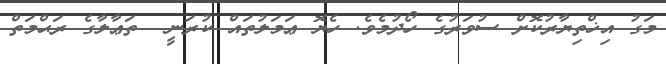
މަގު އިޚްތިޔާރުކޮށް ސުވަރުގެ ހޯދުމެވެ. ހެޔޮ ޢަމަލުތައް ކުރަނީ  ތަޢާލާގެ ރަޙްމަތް